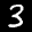
Label: 3